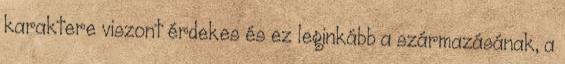
karaktere viszont érdekes és ez leginkább a származásának, a